Report of the Lahore Medical School Hospital
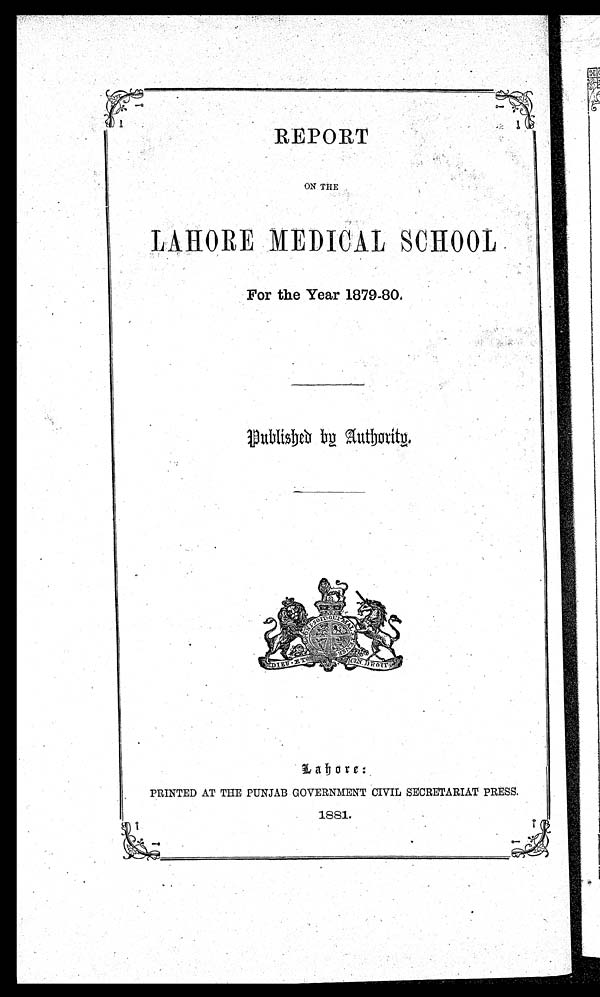
REPORT
ON THE
LAHORE MEDICAL SCHOOL
For the Year 1879-80.
Published by Authority.
Lahore:
PRINTED AT THE PUNJAB GOVERNMENT CIVIL SECRETARIAT PRESS.
1881.